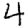
Digit: 4